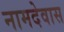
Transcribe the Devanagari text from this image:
नामदेवास